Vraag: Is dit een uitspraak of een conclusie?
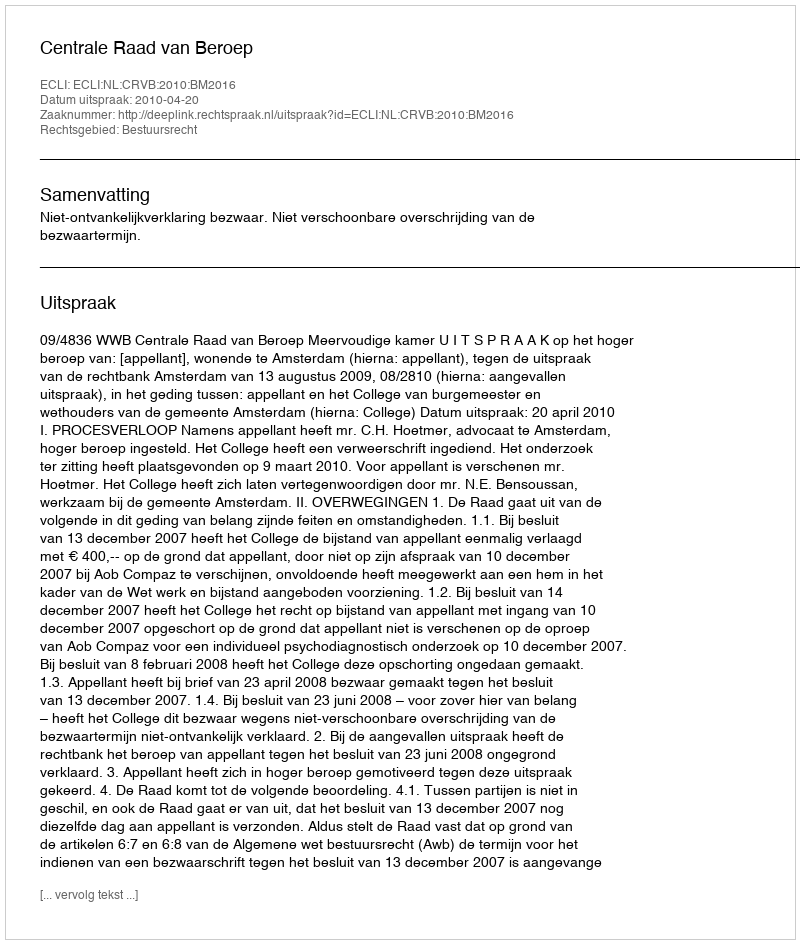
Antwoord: Uitspraak